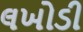
લખોડી